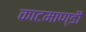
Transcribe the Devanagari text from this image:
काटमाण्डौ